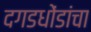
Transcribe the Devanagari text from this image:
दगडधोंडांचा